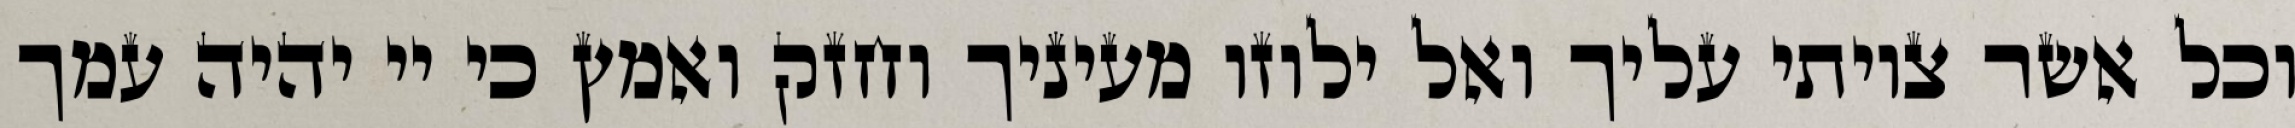
וכל אשר צויתי עליך ואל ילוזו מעיניך וחזק ואמץ כי יי יהיה עמך